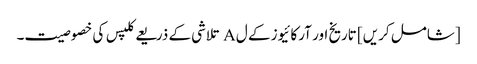
[شامل کریں] تاریخ اور آرکائیوز کے ل A تلاشی کے ذریعے کلپس کی خصوصیت۔